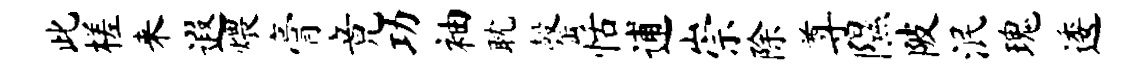
此槎来遐煨膏竟功袖耽罄恬逋崇除尊隰陂泯瑰逶